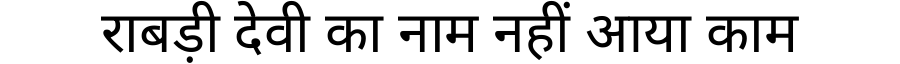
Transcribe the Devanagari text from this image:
राबड़ी देवी का नाम नहीं आया काम